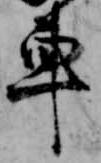
車